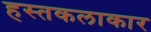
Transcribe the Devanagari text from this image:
हस्तकलाकार